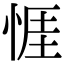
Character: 𢛄